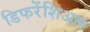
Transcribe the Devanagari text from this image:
डिफरेंशिअल